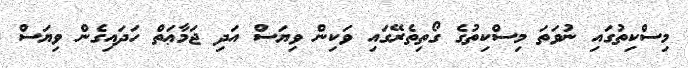
މިސްކިތުގައި ނުވަތަ މިސްކިތުގެ ގޯތިތެރޭގައި ވަކިން ވިޔަސް އަދި ޖަމާޢަތް ހަދައިގެން ވިޔަސް